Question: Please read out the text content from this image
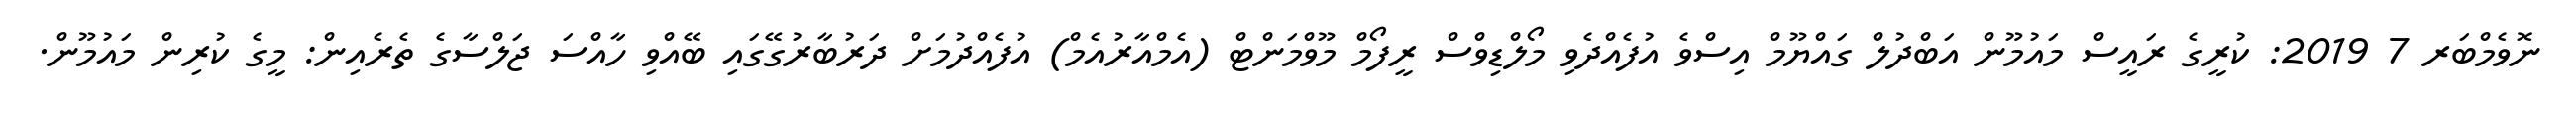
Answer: ނޮވެމްބަރ 7 2019: ކުރީގެ ރައީސް މައުމޫން އަބްދުލް ގައްޔޫމް އިސްވެ އުފެއްދެވި މޯލްޑިވްސް ރީފޯމް މޫވްމަންޓް (އެމްއާރުއެމް) އުފެއްދުމަށް ދަރުބާރުގޭގައި ބޭއްވި ހާއްސަ ޖަލްސާގެ ތެރެއިން: މީގެ ކުރިން މައުމޫން.